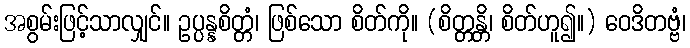
အစွမ်းဖြင့်သာလျှင်။ ဥပ္ပန္နစိတ္တံ၊ ဖြစ်သော စိတ်ကို။ (စိတ္တန္တိ၊ စိတ်ဟူ၍။) ဝေဒိတဗ္ဗံ၊